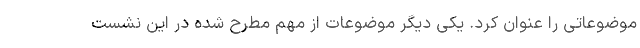
موضوعاتی را عنوان کرد. یکی دیگر موضوعات از مهم مطرح شده در این نشست